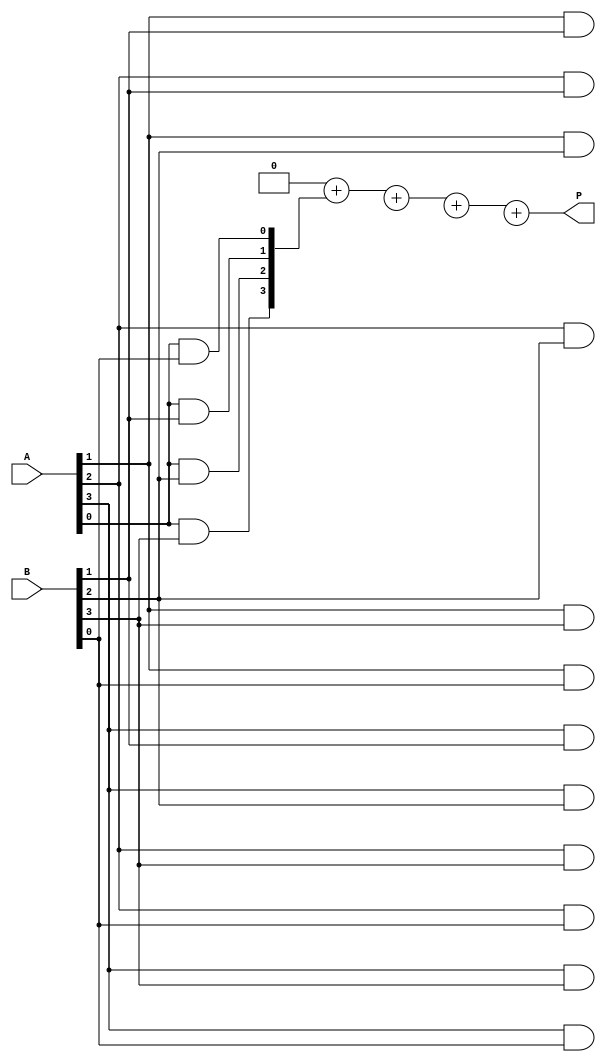
module vedic_multiplier #(parameter N = 4) (
    input [N-1:0] A, // First operand
    input [N-1:0] B, // Second operand
    output reg [2*N-1:0] P // Product of A and B
);

    reg [2*N-1:0] partial_products [0:N-1]; // Array to hold partial products
    integer i, j;

    always @(*) begin
        // Initialize product to zero
        P = 0;

        // Generate partial products
        for (i = 0; i < N; i = i + 1) begin
            for (j = 0; j < N; j = j + 1) begin
                // Generate partial product for A[i] * B[j]
                partial_products[i][i + j] = A[i] & B[j];
            end
        end

        // Sum the partial products
        for (i = 0; i < N; i = i + 1) begin
            P = P + partial_products[i];
        end
    end

endmodule